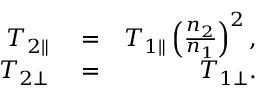
\begin{array} { r l r } { T _ { 2 \parallel } } & { { } = } & { T _ { 1 \parallel } \left( \frac { n _ { 2 } } { n _ { 1 } } \right) ^ { 2 } , } \\ { T _ { 2 \perp } } & { { } = } & { T _ { 1 \perp } . } \end{array}